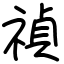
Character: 禎